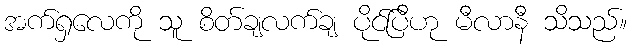
အက်ရှလေကို သူ စိတ်ချလက်ချ ပိုင်ပြီဟု မီလာနီ သိသည်။